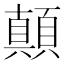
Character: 顛